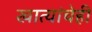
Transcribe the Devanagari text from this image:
खात्यांचेही